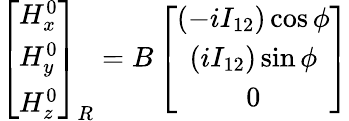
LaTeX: \left[\begin{array}{c}{H_{x}^{0}}\\ {H_{y}^{0}}\\ {H_{z}^{0}}\end{array}\right]_{R}=B\left[\begin{array}{c}{\left(-iI_{12}\right)\cos\phi}\\ {\left(iI_{12}\right)\sin\phi}\\ {0}\end{array}\right]